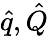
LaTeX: \hat{q},\hat{Q}